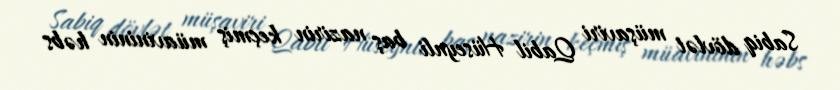
Sabiq dövlət müşaviri Qabil Hüseynli baş nazirin keçmiş müavininin həbs